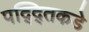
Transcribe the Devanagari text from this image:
पद्द्तिकडे